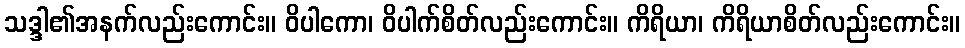
သဒ္ဒါ၏အနက်လည်းကောင်း။ ဝိပါကော၊ ဝိပါက်စိတ်လည်းကောင်း။ ကိရိယာ၊ ကိရိယာစိတ်လည်းကောင်း။